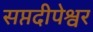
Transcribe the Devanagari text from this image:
सप्तदीपेश्वर